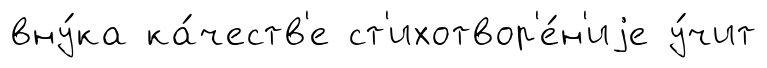
вну́ка ка́честв'е ст'ихотвор'е́н'иjе у́чит